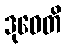
ဒုဝေတိ